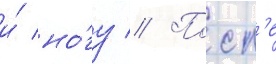
и́ но́гу // Посл'е